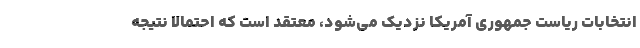
انتخابات ریاست جمهوری آمریکا نزدیک می‌شود، معتقد است که احتمالا نتیجه